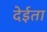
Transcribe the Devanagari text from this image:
देईता